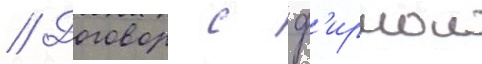
// Договор с ф'ирмои